Calcutta medical institutions reports 1871-78
Year: 1871
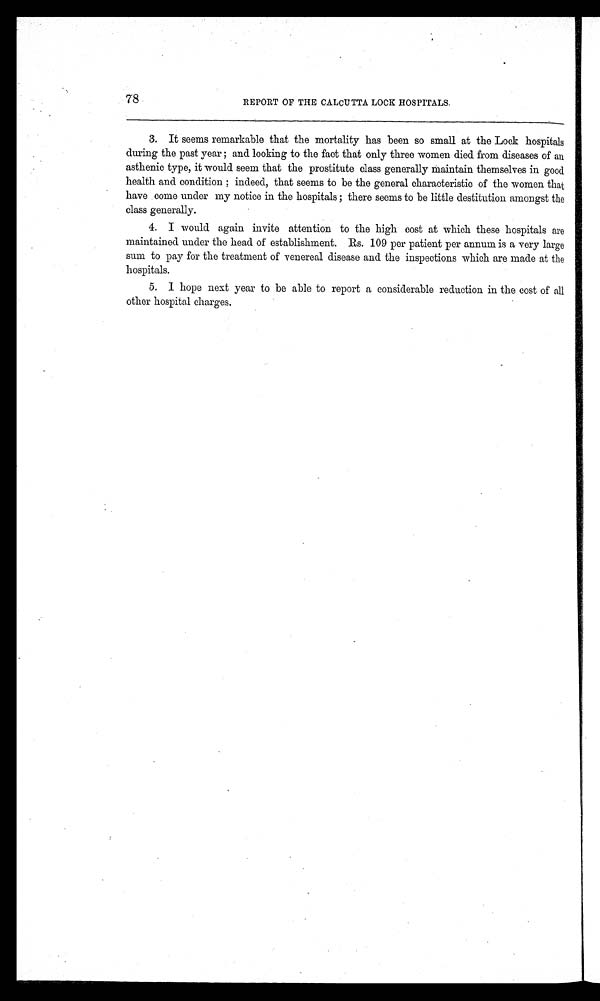
78
REPORT OF THE CALCUTTA LOCK HOSPITALS.
3. It seems remarkable that the mortality has been so small at the Lock hospitals
during the past year ; and looking to the fact that only three women died from diseases of an
asthenic type, it would seem that the prostitute class generally maintain themselves in good
health and condition ; indeed, that seems to be the general characteristic of the women that
have come under my notice in the hospitals ; there seems to be little destitution amongst the
class generally.
4. I would again invite attention to the high cost at which these hospitals are
maintained under the head of establishment. Rs. 109 per patient per annum is a very large
sum to pay for the treatment of venereal disease and the inspections which are made at the
hospitals.
5. I hope next year to be able to report a considerable reduction in the cost of all
other hospital charges.